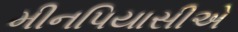
મીનપિયાસીએ